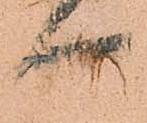
可